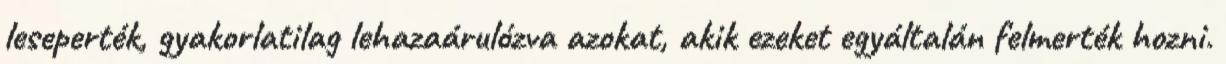
leseperték, gyakorlatilag lehazaárulózva azokat, akik ezeket egyáltalán felmerték hozni.